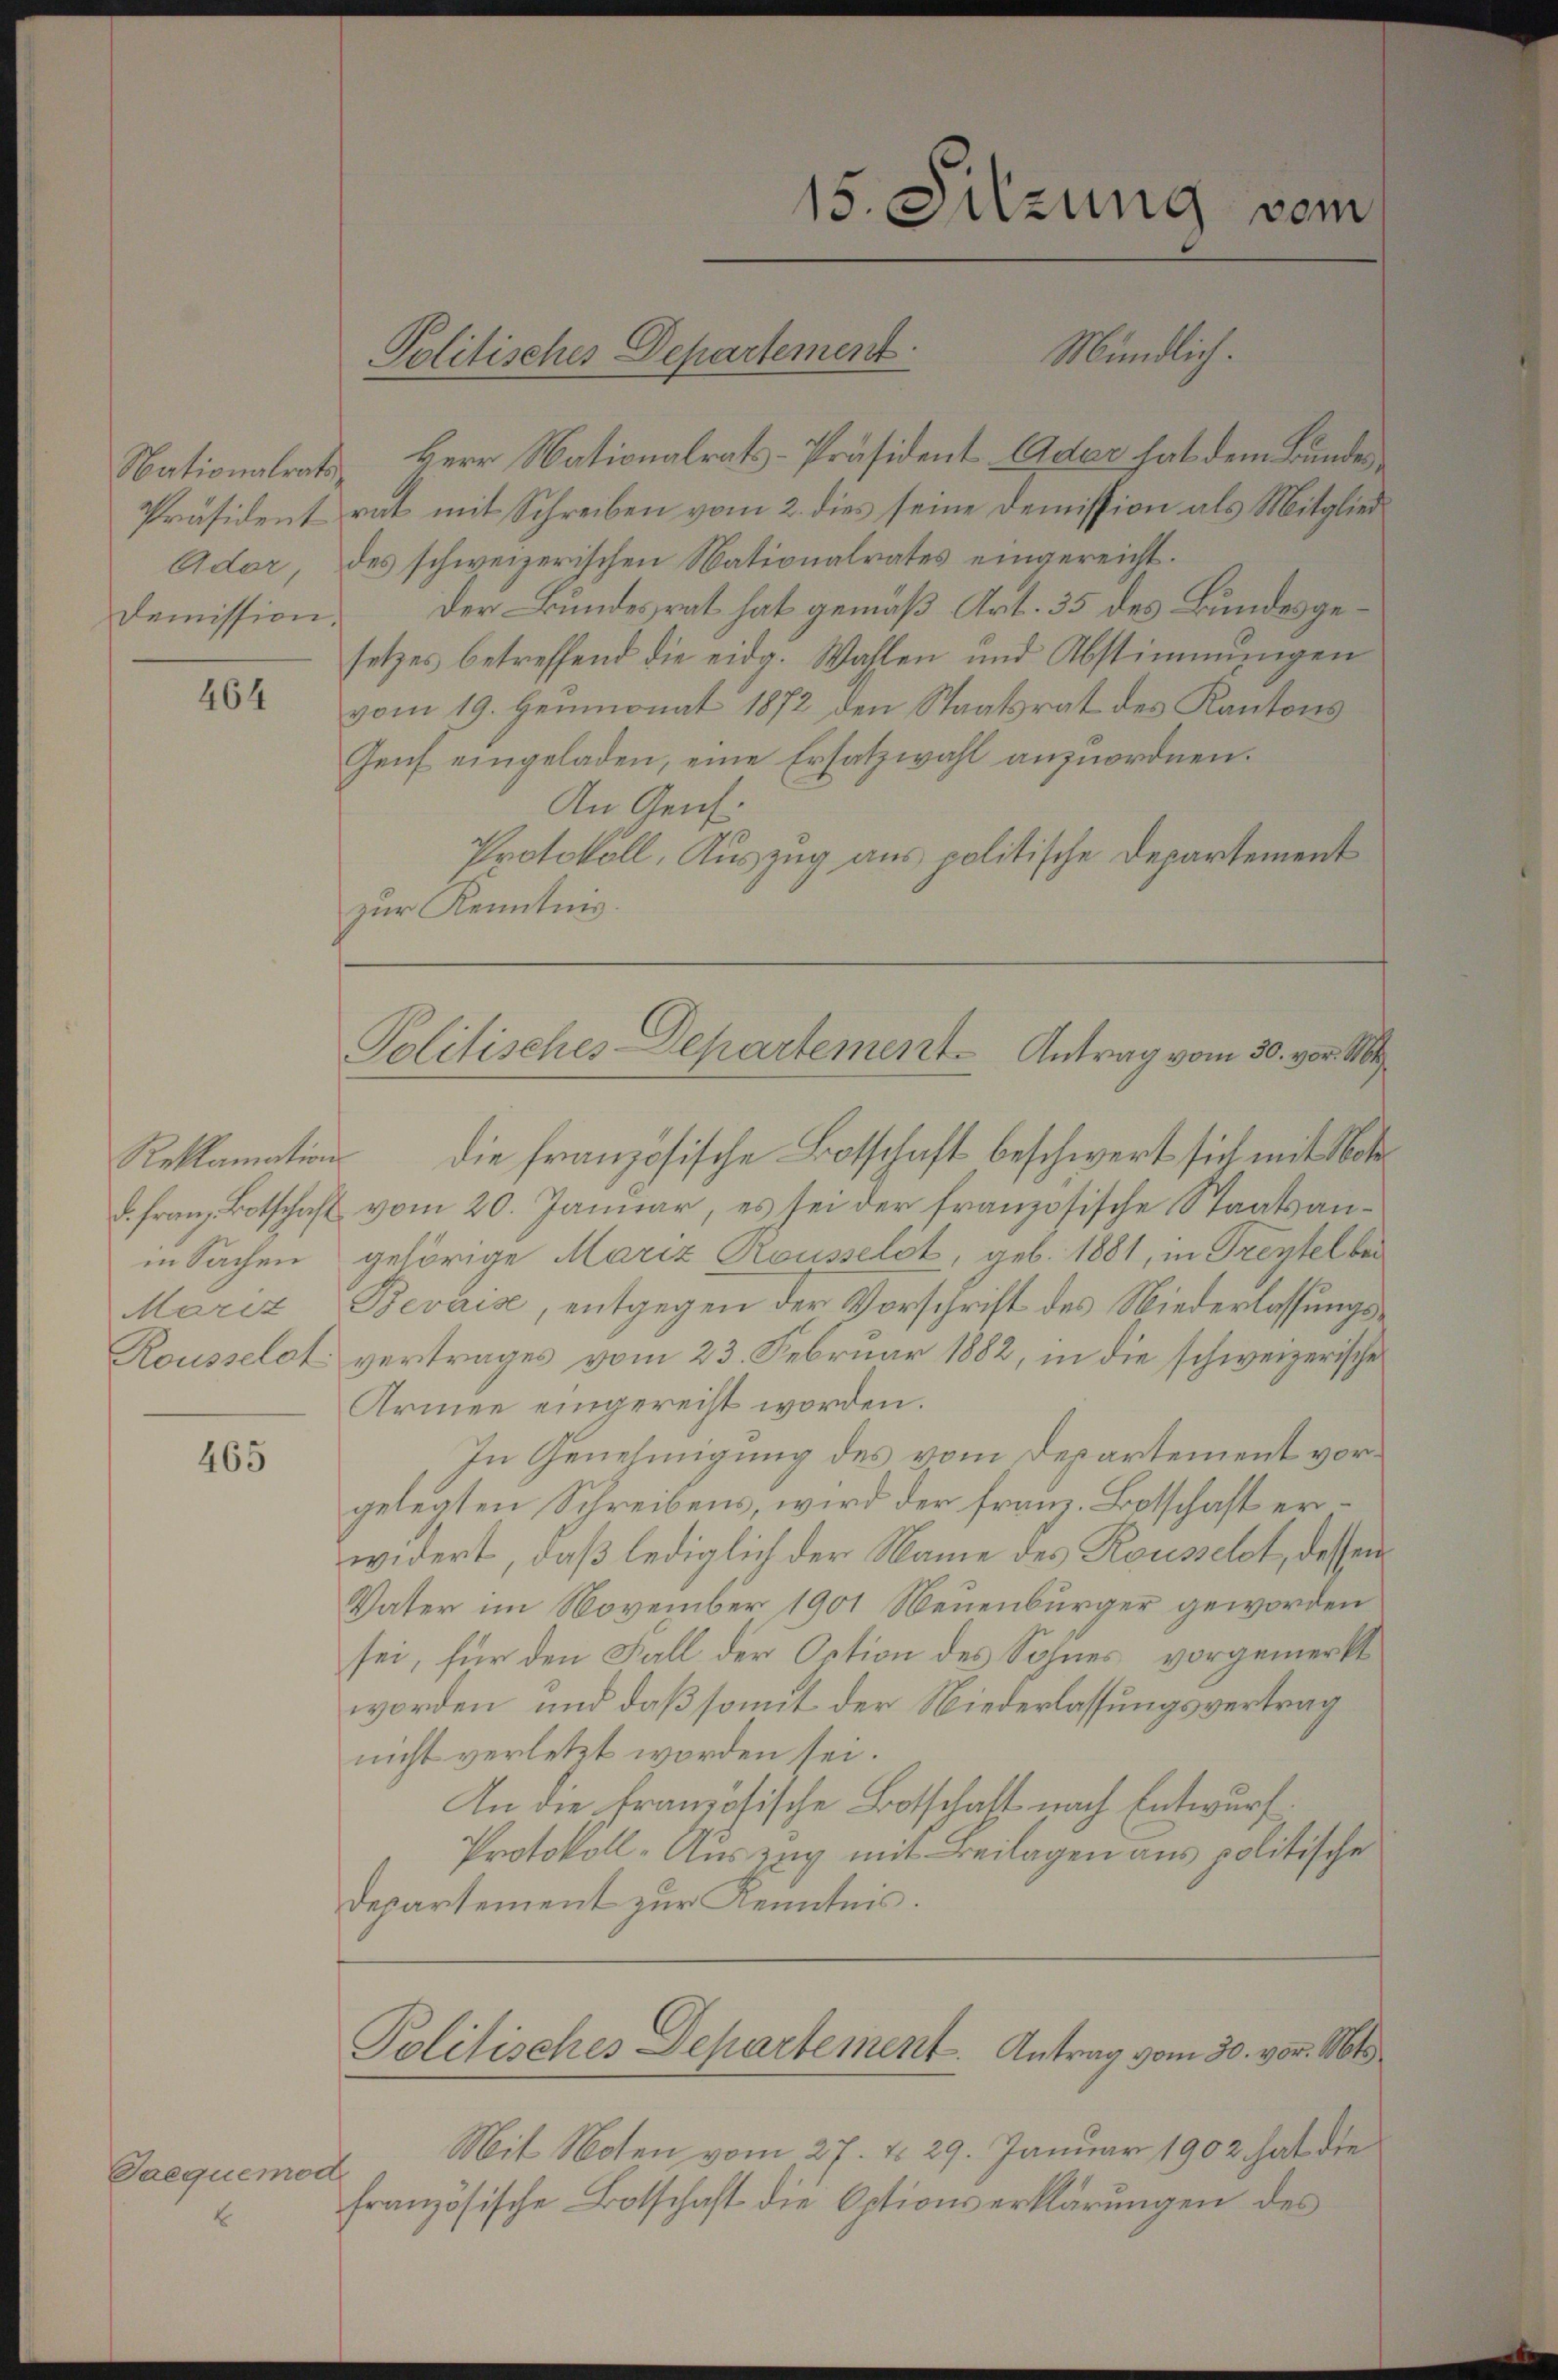
Demission.

b

464

in Sachen
Rousselst

465

Saequemod

Nationalrats Herr Nationalrats-Präsident Ader hat dem Bundes
Präsident rat mit Schreiben vom 2. dies seine Demission als Mitglied¬
Ador des schweizerischen Nationalrates eingereicht.
Der Bundesrat hat gemäß Art. 35 des Bundesgesetzes betreffend die eidg. Wahlen und Abstimmungen
vom 19. Heumonat 1872 den Staatsrat des Kantons
Genf eingeladen, eine Ersatzwahl anzuordnen.
An Genf.
Protokoll, Auszug aus politische Departement
zur Kenntnis.

Politisches Departement

15. Sitzung vom
Mündlich.

Politisches Departement Antrag vom 30. vor. M

Reklamation die französische Botschaft beschwert sich mit Not
d. Franz Botschaft vom 20. Januar, es sei der französische Staatsangehörige Mariz Rousselst, geb. 1881, in Freytel bei
Mariz-Bevaise, entgegen der Vorschrift des Niederlassungsvertrages vom 23. Februar 1882, in die schweizerische
Armee eingereist worden.
In Genehmigung des vom Departement vorgelegten Schreibens, wird der Franz. Botschaft erwidert, daß lediglich der Name des Roussetzt, dessen
Vater im November 1901 Neuenburger geworden
sei, für den Fall der Option des Sohnes, vorgemerkt
worden, und daß somit der Niederlassungsvertrag
nicht verletzt worden sei.
An die französische Botschaft nach Entwurf.
Protokoll-Auszug mit Beilagen aus politische
Departement zur Kenntnis.
Politisches Departement. Antrag vom 30. vor. Mts.
Mit Noten vom 27. d. 29. Januar 1902 hat die
französische Botschaft die Optionserklärungen des